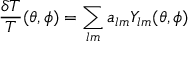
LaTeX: { \frac { \delta T } { T } } ( \theta , \phi ) = \sum _ { l m } a _ { l m } Y _ { l m } ( \theta , \phi )